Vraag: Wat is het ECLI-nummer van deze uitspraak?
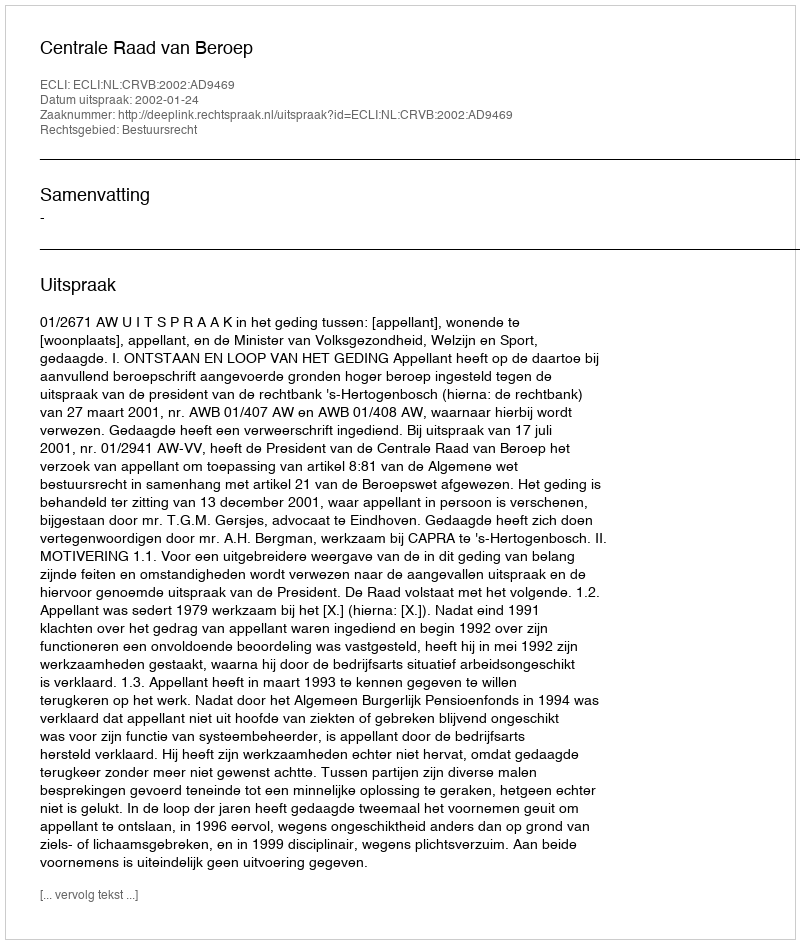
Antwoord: ECLI:NL:CRVB:2002:AD9469